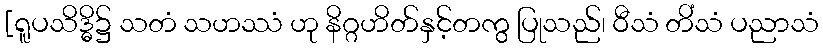
[ရူပသိဒ္ဓိ၌ သတံ သဟဿံ ဟု နိဂ္ဂဟိတ်နှင့်တကွ ပြုသည်၊ ဝီသံ တိံသံ ပညာသံ